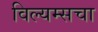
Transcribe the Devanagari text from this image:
विल्यम्सचा